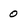
Character: 0